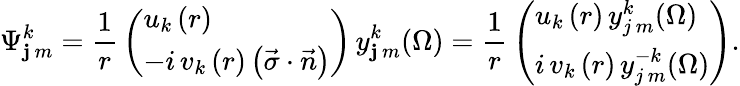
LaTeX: \Psi_{\mathbf{j}\, m}^{k}={\frac{{1}}{{r}}}\left({\begin{array}{l}{{{u_{k}\left(r\right)}}}\\ {{{-i\, v_{k}\left(r\right)\left({\vec{\sigma}\cdot\vec{n}}\right)}}}\end{array}}\right)\, y_{\mathbf{j}\, m}^{k}(\Omega)={\frac{{1}}{{r}}}\left({\begin{array}{l}{{{u_{k}\left(r\right)\, y_{j\, m}^{k}(\Omega)}}}\\ {{{i\, v_{k}\left(r\right)\, y_{j\, m}^{-k}(\Omega)}}}\end{array}}\right).